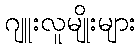
ဂျူးလူမျိုးများ